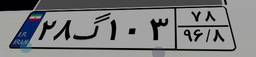
۲۸گ۱۰۳۷۸